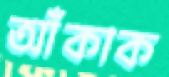
আঁকাক